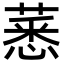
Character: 𦸝